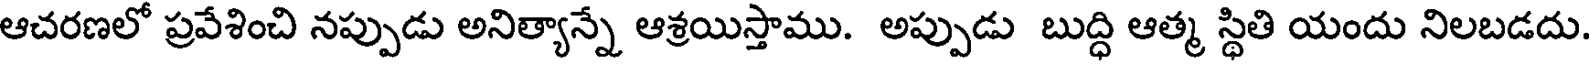
ఆచరణలో ప్రవేశించి నప్పుడు అనిత్యాన్నే ఆశ్రయిస్తాము. అప్పుడు బుద్ధి ఆత్మ స్థితి యందు నిలబడదు.